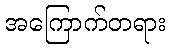
အကြောက်တရား